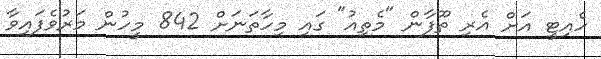
ހެއިޓީ އަށް އެރި ތޫފާން "މެތިއު" ގައި މިހާތަނަށް 842 މީހުން މަރުވެފައިވާ